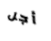
أجل